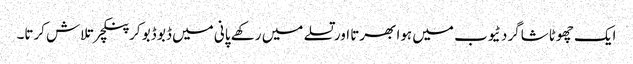
ایک چھوٹا شاگرد ٹیوب میں ہوا بھرتا اور تسلے میں رکھے پانی میں ڈبو ڈبو کر پنکچر تلاش کرتا۔